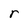
Character: r